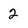
Character: 2